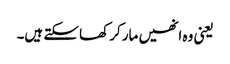
یعنی وہ انھیں مار کر کھا سکتے ہیں۔